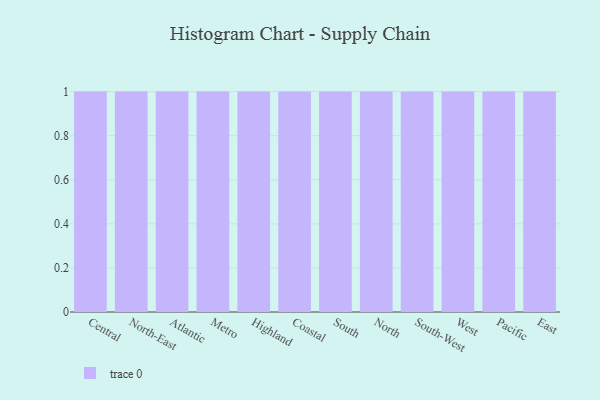
{"axis": {"x": "Region", "y": "Churn Rate (%)"}, "legend": [""], "data": [{"x": "Central", "y": 44, "type": ""}, {"x": "North-East", "y": 41, "type": ""}, {"x": "Atlantic", "y": 82, "type": ""}, {"x": "Metro", "y": 44, "type": ""}, {"x": "Highland", "y": 49, "type": ""}, {"x": "Coastal", "y": 90, "type": ""}, {"x": "South", "y": 84, "type": ""}, {"x": "North", "y": 68, "type": ""}, {"x": "South-West", "y": 53, "type": ""}, {"x": "West", "y": 67, "type": ""}, {"x": "Pacific", "y": 82, "type": ""}, {"x": "East", "y": 24, "type": ""}]}